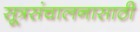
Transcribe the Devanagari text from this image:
सूत्रसंचालनासाठी